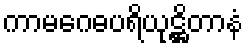
ကာမဂေဓပရိယုဋ္ဌိတာနံ